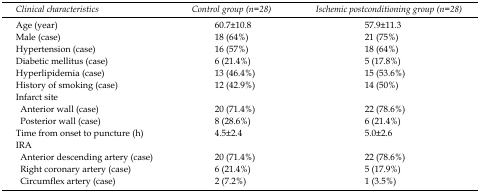
<table><thead><tr><td><b>Clinical characteristics</b></td><td><b>Control group (n=28)</b></td><td><b>Ischemic postconditioning group (n=28)</b></td></tr></thead><tbody><tr><td>Age (year)</td><td>60.7±10.8</td><td>57.9±11.3</td></tr><tr><td>Male (case)</td><td>18 (64%)</td><td>21 (75%)</td></tr><tr><td>Hypertension (case)</td><td>16 (57%)</td><td>18 (64%)</td></tr><tr><td>Diabetic mellitus (case)</td><td>6 (21.4%)</td><td>5 (17.8%)</td></tr><tr><td>Hyperlipidemia (case)</td><td>13 (46.4%)</td><td>15 (53.6%)</td></tr><tr><td>History of smoking (case)</td><td>12 (42.9%)</td><td>14 (50%)</td></tr><tr><td>Infarct site</td><td></td><td></td></tr><tr><td> Anterior wall (case)</td><td>20 (71.4%)</td><td>22 (78.6%)</td></tr><tr><td> Posterior wall (case)</td><td>8 (28.6%)</td><td>6 (21.4%)</td></tr><tr><td>Time from onset to puncture (h)</td><td>4.5±2.4</td><td>5.0±2.6</td></tr><tr><td>IRA</td><td></td><td></td></tr><tr><td> Anterior descending artery (case)</td><td>20 (71.4%)</td><td>22 (78.6%)</td></tr><tr><td> Right coronary artery (case)</td><td>6 (21.4%)</td><td>5 (17.9%)</td></tr><tr><td> Circumflex artery (case)</td><td>2 (7.2%)</td><td>1 (3.5%)</td></tr></tbody></table>